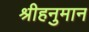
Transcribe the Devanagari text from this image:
श्रीहनुमान